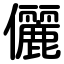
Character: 儷